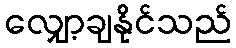
လျှော့ချနိုင်သည်